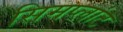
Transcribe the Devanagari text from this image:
सिमप्लांट